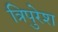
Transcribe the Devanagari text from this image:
त्रिपुरेश